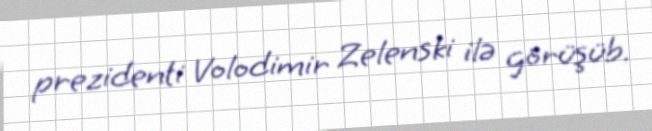
prezidenti Volodimir Zelenski ilə görüşüb.